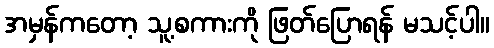
အမှန်ကတော့ သူ့စကားကို ဖြတ်ပြောရန် မသင့်ပါ။